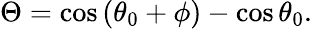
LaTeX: \begin{array}{r}{\Theta=\cos\left(\theta_{0}+\phi\right)-\cos\theta_{0}.}\end{array}